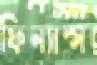
ফিন্যান্স